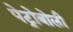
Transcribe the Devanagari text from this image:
पेट्रोबोली